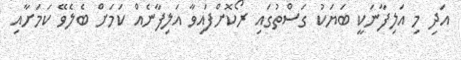
އަދި މި އަލިފާނަކީ ބަޔަކު ގަސްތުގައި ރޯކޮށްފައިވާ އަލިފާނެއް ކަމަށް ބެލެވޭ ކަމަށާއި